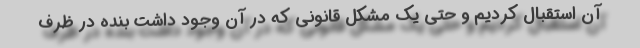
آن استقبال کردیم و حتی یک مشکل قانونی که در آن وجود داشت بنده در ظرف